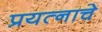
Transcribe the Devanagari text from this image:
प्रयत्नाचे